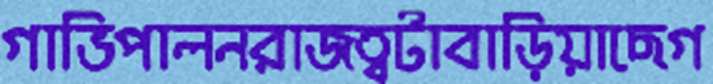
গাভিপালনরাজত্বটাবাড়িয়াছেগ